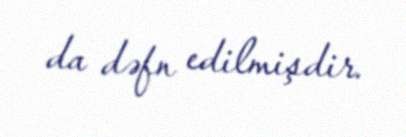
da dəfn edilmişdir.